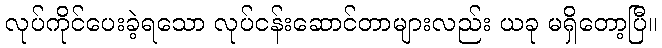
လုပ်ကိုင်ပေးခဲ့ရသော လုပ်ငန်းဆောင်တာများလည်း ယခု မရှိတော့ပြီ။